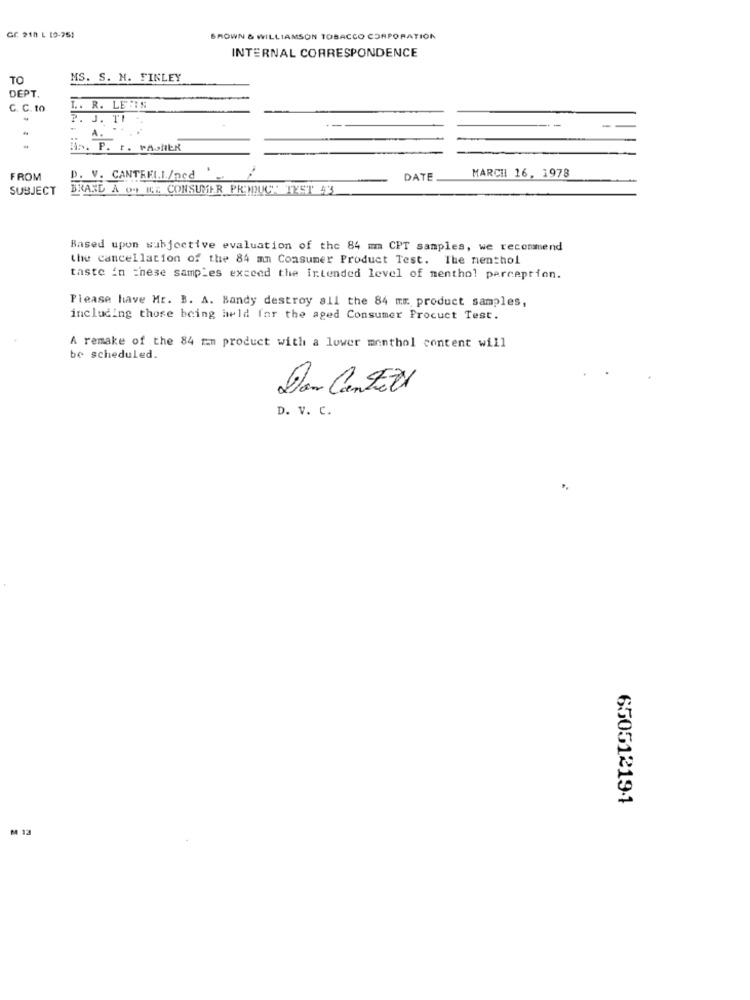
CC 210 L (9-251
BROWN & WILLIAMSON TOBACCO CORPORATION
INTERNAL CORRESPONDENCE
TO
MS. S. H. FINLEY
DEPT.
C. C. to
L. R. LE IS
-
P. J. TI
A. "
is. P. F. PASHER
MARCHI 16, 1978
FROM
D. V. CANTRELL/ned
DATE
SUBJECT
BRAND À o+ ME CONSUMER PRODUCT TEST $3
Based upon subjective evaluation of the 84 m CPT samples, we recommend
the cancellation of the 84 mn Consumer Product Test. The nenthol
taste in these samples exceed the intended level of menthol perception.
Please have Mr. B. A. Bandy destroy all the 84 mm product samples,
including those being held for the aged Consumer Procuct Test.
A remake of the 84 mm product with a lower monthol content will
be scheduled.
Dan Cen Fett
D. V. C.
65051219-1